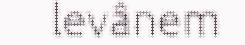
levânem